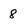
Character: 8